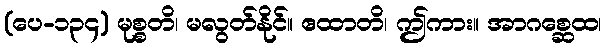
(ပေ-၁၃၄) မုစ္စတိ၊ မလွတ်နိုင်။ ဧထာတိ၊ ဤကား။ အာဂစ္ဆေထ၊